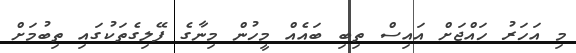
މި އަހަރު ހައްޖަށް އައިސް ތިބި ބައެއް މީހުން މިނާގެ ފޭލިގެތަކުގައި ތިބުމަށް